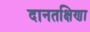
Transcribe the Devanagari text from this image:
दानतक्षिणा